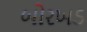
બોરખડ